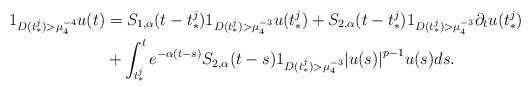
LaTeX: \begin{align*}{1_{D(t_*^j) > \mu _4^{ - 4}}}u(t) &= {S_{1,\alpha }}(t - t_*^j){1_{D(t_*^j) > \mu _4^{ - 3}}}u(t_*^j) + {S_{2,\alpha }}(t - t_*^j){1_{D(t_*^j) > \mu _4^{ - 3}}}{\partial _t}u(t_*^j)\\&+ \int_{t_*^j}^t {{e^{ - \alpha (t - s)}}}S_{2,\alpha}(t-s) {1_{D(t_*^j) > \mu _4^{ - 3}}}{\left| {u(s)} \right|^{p - 1}}u(s)ds.\end{align*}